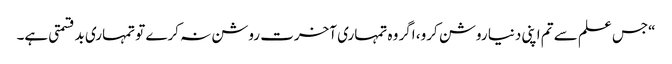
“جس علم سے تم اپنی دنیا روشن کرو، اگر وہ تمہاری آخرت روشن نہ کرے تو تمہاری بدقسمتی ہے۔